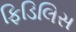
ફિડિલિસ